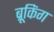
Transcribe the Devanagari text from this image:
ब्रूकिंग